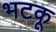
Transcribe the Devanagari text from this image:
भटकू